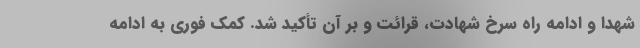
شهدا و ادامه راه سرخ شهادت، قرائت و بر آن تأکید شد. کمک فوری به ادامه